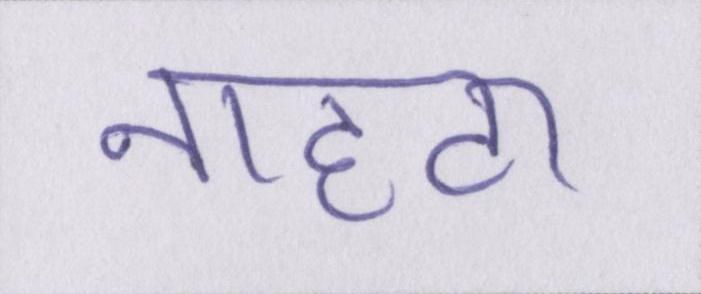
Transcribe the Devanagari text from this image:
नाहटा